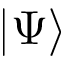
\vert \Psi \rangle